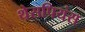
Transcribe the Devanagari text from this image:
थेसपियंस